Document type: Sale
Year: 1305
Scribe: Bernat de Vilarúbia
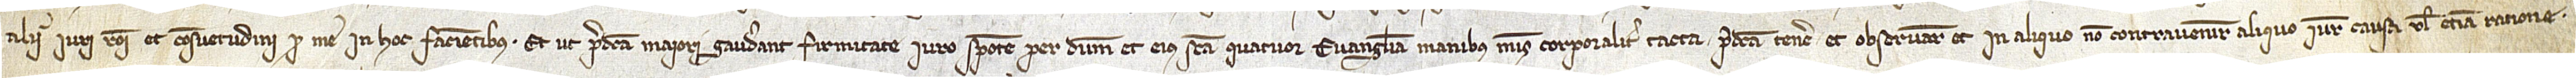
alii iuri, rationi et consuetudini pro me in hoc facientibus. Et ut predicta maiori gaudeant firmitate, iuro sponte per Deum et eius sancta quatuor Evangelia, manibus meis corporaliter tacta, predicta tenere et observare et inb aliquo non contravenire aliquo iure, causa vel etiam ratione.